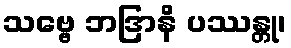
သဗ္ဗေ ဘဒြာနိ ပဿန္တု၊